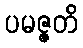
ပမဇ္ဇတိ